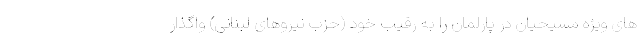
های ویژه مسیحیان در پارلمان را به رقیب خود (حزب نیروهای لبنانی) واگذار